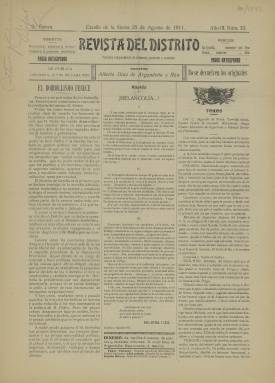
Título: Revista del distrito
Colección: Periódicos
Ámbito geográfico: Sevilla
Lugar de publicación: Cazalla de la Sierra [Sevilla]
Fechas: 25/08/1911-25/08/1911